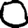
Digit: 0